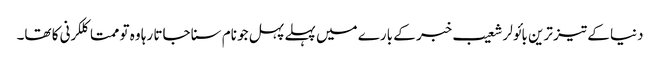
دنیا کے تیز ترین بائولر شعیب خبر کے بارے میں پہلے پہل جو نام سنا جاتا رہا وہ تو ممتا کلکرنی کا تھا۔